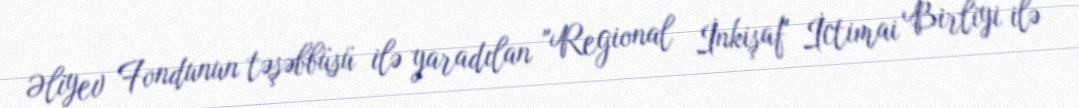
Əliyev Fondunun təşəbbüsü ilə yaradılan "Regional İnkişaf" İctimai Birliyi ilə